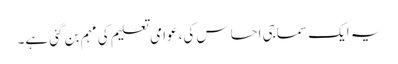
یہ ایک سماجی احساس کی، عوامی تعلیم کی مہم بن گئی ہے۔